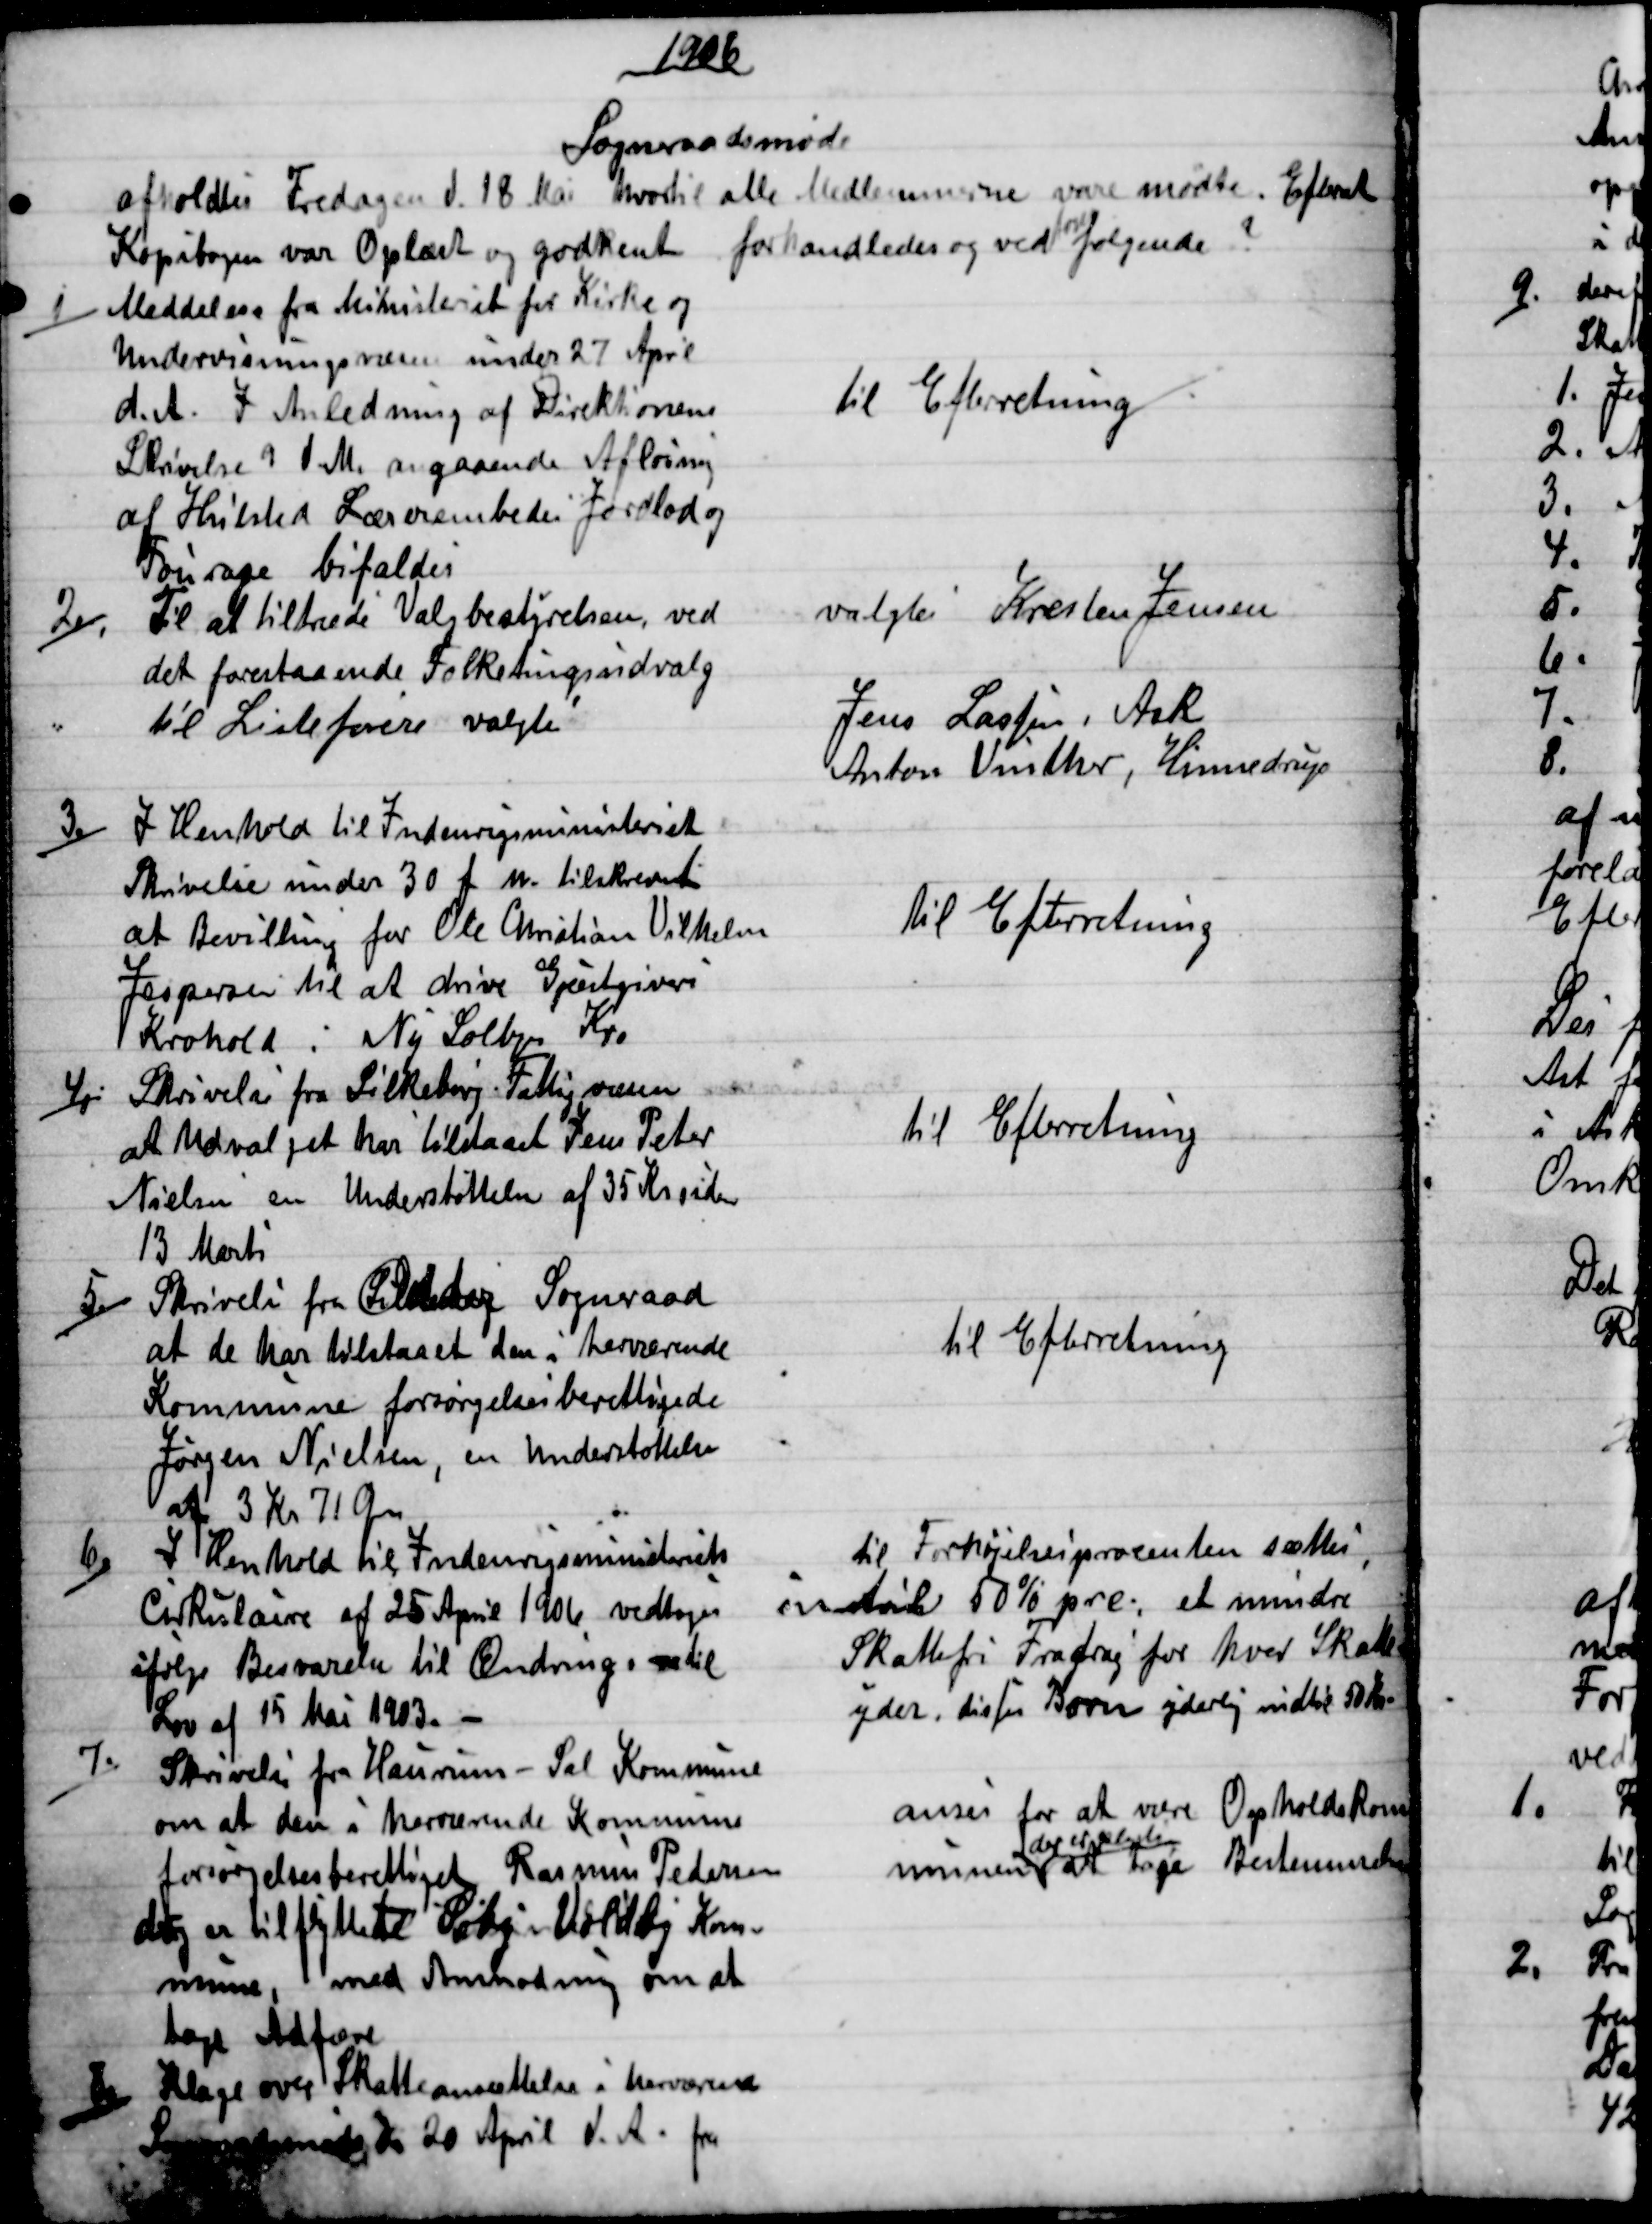
Transskription:
1906
Sogneraadsmøde
afholdtes Fredagen d. 18 Mai hvortil alle Medlemmerne vare mødte. Efterat
Kopibogen var Oplæst og godkent forhandledes og ved
toges
følgende?
1 )
Meddelelse fra Ministeriet for Kirke og
Undervisningsvæsen under 27 April
d. A. I Anledning af Direktionens
Skrivelse 9 d. M. angaaende Afløsning
af Hvilsted Lærerembedes Jordlod og
Fourage bifaldes.
til Efterretning
2.)
Til at tiltræde Valgbestyrelsen, ved
det forestaaende Folketingsudvalg
valgtes Kresten Jensen
til Listeførere valgte
Jens Lassen, Ask
Anton Vinther, Hinnedrup
3.)
I Henhold til Indenrigsministeriet
Skrivelse under 30 f. M. tilskrevet
at Bevilling for Ole Christian Vilhelm
Jespersen til at drive Gjæstgiveri
Krohold i Ny Solbjer Kro.
Til Efterretning
4.)
Skrivelse fra Silkeborg Fattigvæsen
at Udvalget har tilstaaet Jens Peter
Nielsen en Understøttelse af 35 Kr siden
13 Marts
til Efterretning
5.)
Skrivelse fra Odder Sogneraad
at de har tilstaaet den i herværende
Kommune forsørgelsesberettigede
Jørgen Nielsen, en Understøttelse
af 3 Kr 71 Øre
til Efterretning
6.)
I Henhold til Indenrigsministeriets
Cirkulaire af 25 April 1906 vedtoges
ifølge Besvarelse til Ændring,  til
Lov af 15 Mai 1903. 
til Forhøjelsesprocenten sættes
intil 50 % prc, et mindre
Skattefri Fradrag for hver Skatte-
yder, disses Børn yderlig indtil 50 Kr.
7.)
Skrivelse fra Haurum - Sal Kommune
om at den i herværende Kommune
forsørgelsesberettiget Rasmus Pedersen
dog er tilflyttet Søby-Voldby Kom-
mune, med Anmodning om at 
tage Adfære
anses for at være Opholdskom
munen
der er pligtig
at tage Bestemmelse
8)
Klage over Skatteansættelse i herværende
Sogneraadsmøde d 20 April d. A. fra